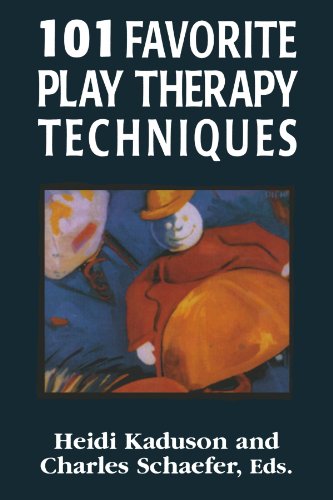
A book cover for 101 Favorite Play Therapy Techniques (Child Therapy); Medical Books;